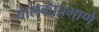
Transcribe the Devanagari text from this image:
बालकाप्रमाणे